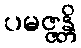
ပမဇ္ဇန္တိ